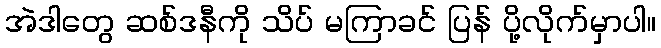
အဲဒါတွေ ဆစ်ဒနီကို သိပ် မကြာခင် ပြန် ပို့လိုက်မှာပါ။